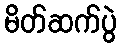
မိတ်ဆက်ပွဲ